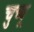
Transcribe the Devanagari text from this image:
चुच्चू